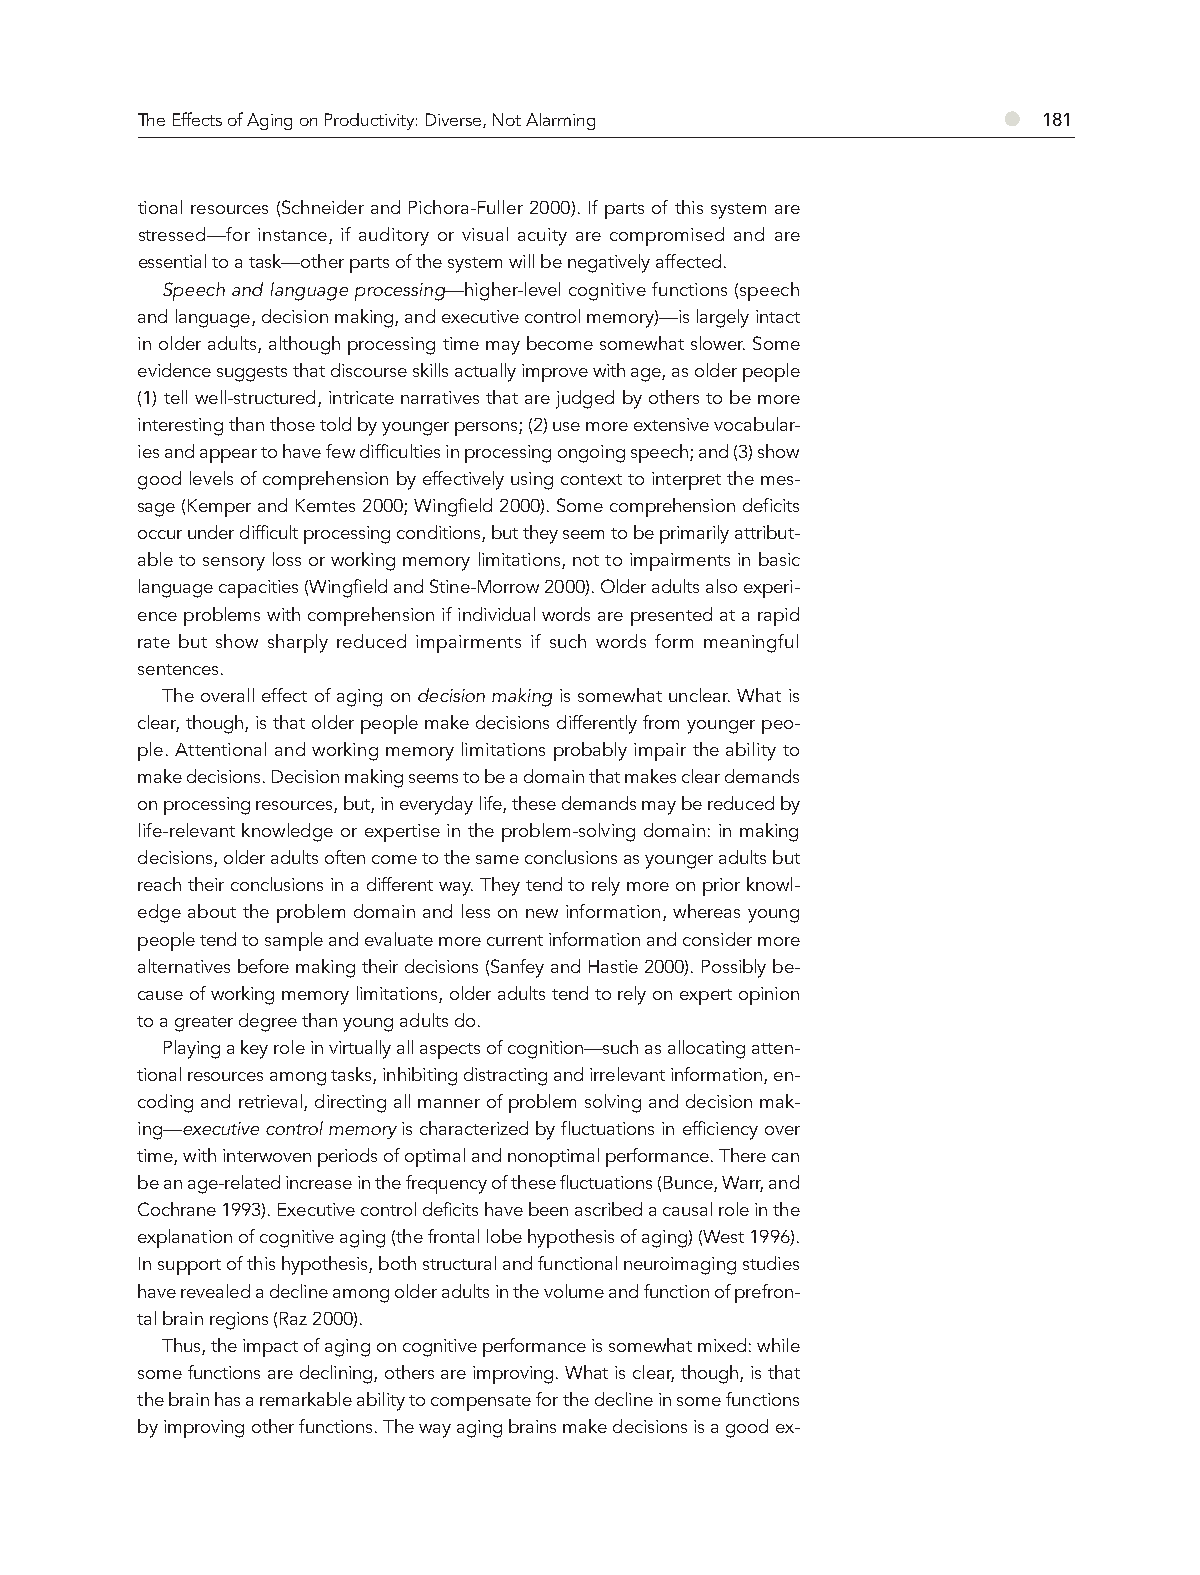
The Effects of Aging on Productivity: Diverse, Not Alarming ● 181
 tional resources (Schneider and Pichora-Fuller 2000). If parts of this system are
 stressed—for instance, if auditory or visual acuity are compromised and are
 essential to a task—other parts of the system will be negatively affected.
 Speech and language processing—higher-level cognitive functions (speech
 and language, decision making, and executive control memory)—is largely intact
 in older adults, although processing time may become somewhat slower. Some
 evidence suggests that discourse skills actually improve with age, as older people
 (1) tell well-structured, intricate narratives that are judged by others to be more
 interesting than those told by younger persons; (2) use more extensive vocabular-
 ies and appear to have few difficulties in processing ongoing speech; and (3) show
 good levels of comprehension by effectively using context to interpret the mes-
 sage (Kemper and Kemtes 2000; Wingfield 2000). Some comprehension deficits
 occur under difficult processing conditions, but they seem to be primarily attribut-
 able to sensory loss or working memory limitations, not to impairments in basic
 language capacities (Wingfield and Stine-Morrow 2000). Older adults also experi-
 ence problems with comprehension if individual words are presented at a rapid
 rate but show sharply reduced impairments if such words form meaningful
 sentences.
 The overall effect of aging on decision making is somewhat unclear. What is
 clear, though, is that older people make decisions differently from younger peo-
 ple. Attentional and working memory limitations probably impair the ability to
 make decisions. Decision making seems to be a domain that makes clear demands
 on processing resources, but, in everyday life, these demands may be reduced by
 life-relevant knowledge or expertise in the problem-solving domain: in making
 decisions, older adults often come to the same conclusions as younger adults but
 reach their conclusions in a different way. They tend to rely more on prior knowl-
 edge about the problem domain and less on new information, whereas young
 people tend to sample and evaluate more current information and consider more
 alternatives before making their decisions (Sanfey and Hastie 2000). Possibly be-
 cause of working memory limitations, older adults tend to rely on expert opinion
 to a greater degree than young adults do.
 Playing a key role in virtually all aspects of cognition—such as allocating atten-
 tional resources among tasks, inhibiting distracting and irrelevant information, en-
 coding and retrieval, directing all manner of problem solving and decision mak-
 ing—executive control memory is characterized by fluctuations in efficiency over
 time, with interwoven periods of optimal and nonoptimal performance. There can
 be an age-related increase in the frequency of these fluctuations (Bunce, Warr, and
 Cochrane 1993). Executive control deficits have been ascribed a causal role in the
 explanation of cognitive aging (the frontal lobe hypothesis of aging) (West 1996).
 In support of this hypothesis, both structural and functional neuroimaging studies
 have revealed a decline among older adults in the volume and function of prefron-
 tal brain regions (Raz 2000).
 Thus, the impact of aging on cognitive performance is somewhat mixed: while
 some functions are declining, others are improving. What is clear, though, is that
 the brain has a remarkable ability to compensate for the decline in some functions
 by improving other functions. The way aging brains make decisions is a good ex-